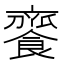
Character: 𩝦